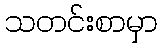
သတင်းစာမှာ